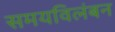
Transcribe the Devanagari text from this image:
समयविलंबन